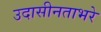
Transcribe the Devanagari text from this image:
उदासीनताभरे